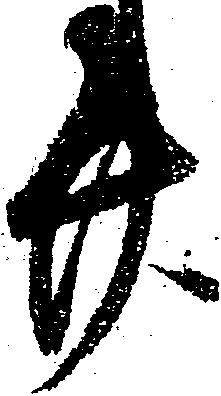
廿